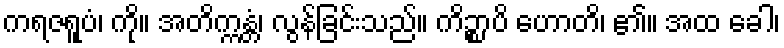
ကရဇရူပံ၊ ကို။ အတိက္ကန္တံ၊ လွန်ခြင်းသည်။ ကိဉ္စာပိ ဟောတိ၊ ၏။ အထ ခေါ၊